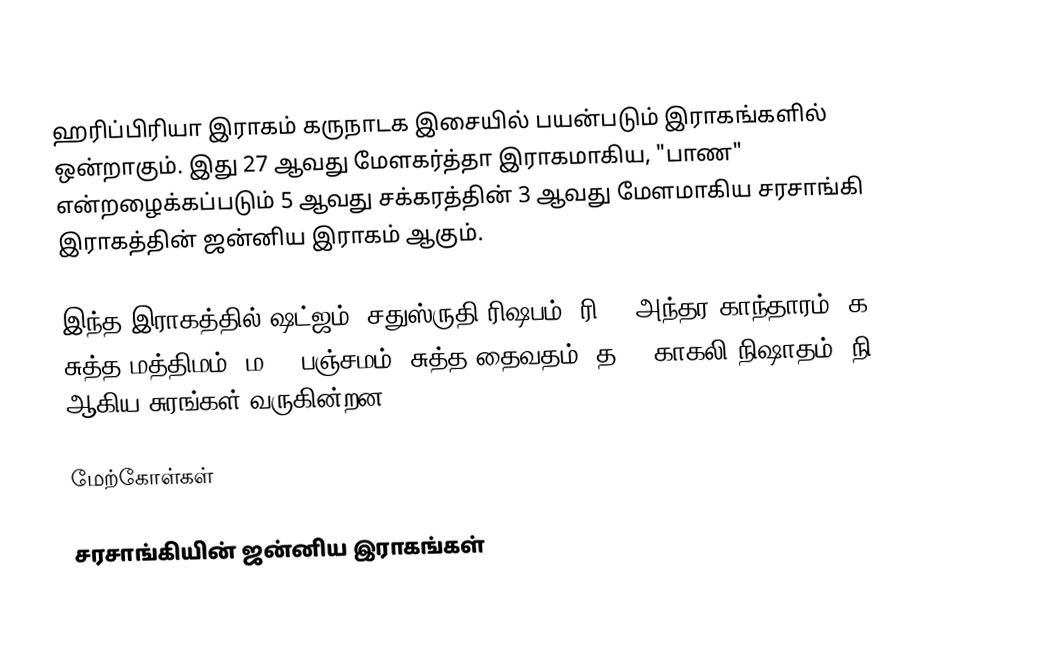
ஹரிப்பிரியா இராகம் கருநாடக இசையில் பயன்படும் இராகங்களில் ஒன்றாகும். இது 27 ஆவது மேளகர்த்தா இராகமாகிய, "பாண" என்றழைக்கப்படும் 5 ஆவது சக்கரத்தின் 3 ஆவது மேளமாகிய சரசாங்கி இராகத்தின் ஜன்னிய இராகம் ஆகும்.

இந்த இராகத்தில் ஷட்ஜம், சதுஸ்ருதி ரிஷபம் (ரி2), அந்தர காந்தாரம் (க3), சுத்த மத்திமம் (ம1), பஞ்சமம், சுத்த தைவதம் (த1), காகலி நிஷாதம் (நி3) ஆகிய சுரங்கள் வருகின்றன.

மேற்கோள்கள்

சரசாங்கியின் ஜன்னிய இராகங்கள்